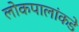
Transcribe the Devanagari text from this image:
लोकपालांकडे